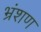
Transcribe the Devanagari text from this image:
भ्रंशण